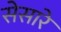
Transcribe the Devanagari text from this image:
सेसारे